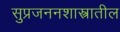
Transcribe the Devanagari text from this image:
सुप्रजननशास्त्रातील